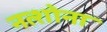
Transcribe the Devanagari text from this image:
नत्शोना